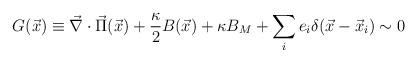
LaTeX: \begin{align*}G(\vec x)\equiv\vec \nabla\cdot\vec \Pi(\vec x)+\frac{\kappa}{2}B(\vec x)+\kappa B_M +\sum_ie_i\delta(\vec x-\vec x_i)\sim0\end{align*}